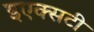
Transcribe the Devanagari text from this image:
इएक्सटी